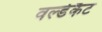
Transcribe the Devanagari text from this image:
वर्ल्डकैट